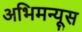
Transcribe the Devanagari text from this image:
अभिमन्यूस